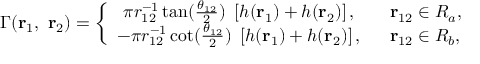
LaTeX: \Gamma ( { \bf r } _ { 1 } , ~ { \bf r } _ { 2 } ) = \left\{ \begin{array} { c l } { { \pi r _ { 1 2 } ^ { - 1 } \tan ( \frac { \theta _ { 1 2 } } { 2 } ) ~ \left[ h ( { \bf r } _ { 1 } ) + h ( { \bf r } _ { 2 } ) \right] , } } & { { ~ ~ { \bf r } _ { 1 2 } \in R _ { a } , } } \\ { { - \pi r _ { 1 2 } ^ { - 1 } \cot ( \frac { \theta _ { 1 2 } } { 2 } ) ~ \left[ h ( { \bf r } _ { 1 } ) + h ( { \bf r } _ { 2 } ) \right] , } } & { { ~ ~ { \bf r } _ { 1 2 } \in R _ { b } , } } \end{array} \right.